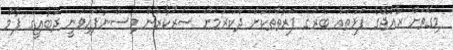
މިގޮތަށް ރާއްޖޭގެ ފަޅުތައް ބޭރުގެ ފަރާތްތަކަށް ދޫކުރުމަށް ސަރުކާރުން ވިސްނާފައިވަނީ ދުބާއީގެ ޕާމް